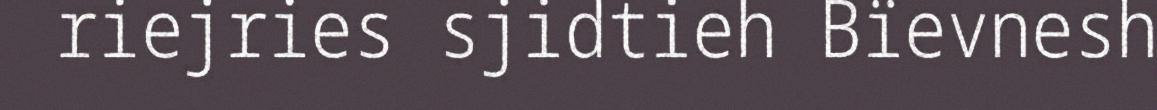
riejries sjidtieh Bïevnesh